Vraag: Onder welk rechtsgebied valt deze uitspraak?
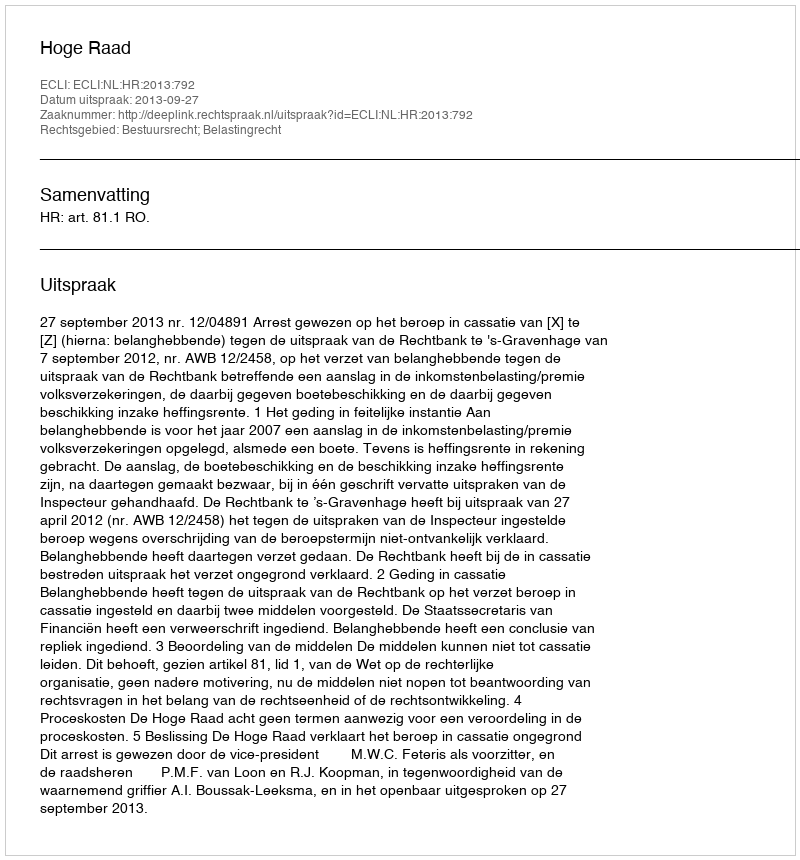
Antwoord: Bestuursrecht; Belastingrecht